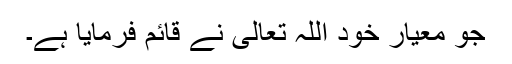
جو معیار خود اللہ تعالیٰ نے قائم فرمایا ہے۔